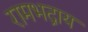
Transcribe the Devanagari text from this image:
रामभद्राय